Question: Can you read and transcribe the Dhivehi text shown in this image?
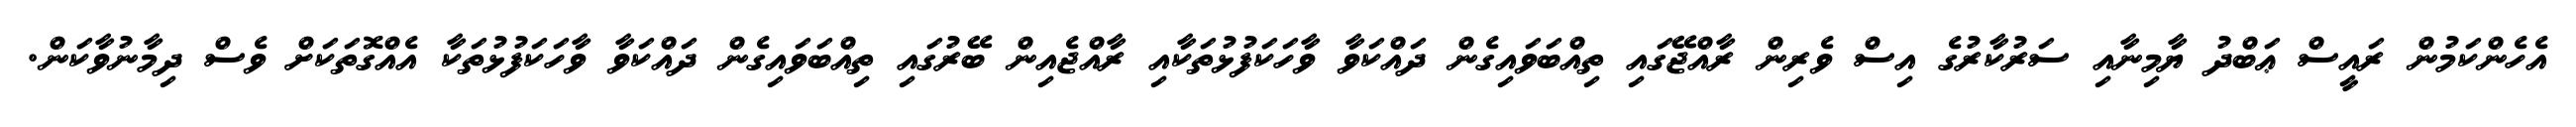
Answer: އެހެންކަމުން ރައީސް ޢަބްދު ޔާމިނާއި ސަރުކާރުގެ އިސް ވެރިން ރާއްޖޭގައި ތިއްބަވައިގެން ދައްކަވާ ވާހަކަފުޅުތަކާއި ރާއްޖެއިން ބޭރުގައި ތިއްބަވައިގެން ދައްކަވާ ވާހަކަފުޅުތަކާ އެއްގޮތަކަށް ވެސް ދިމާނުވާކަން.